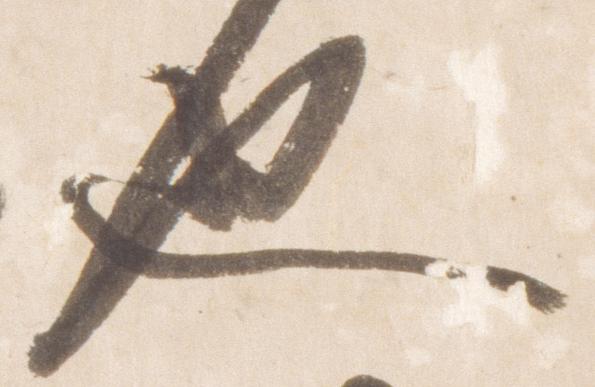
也